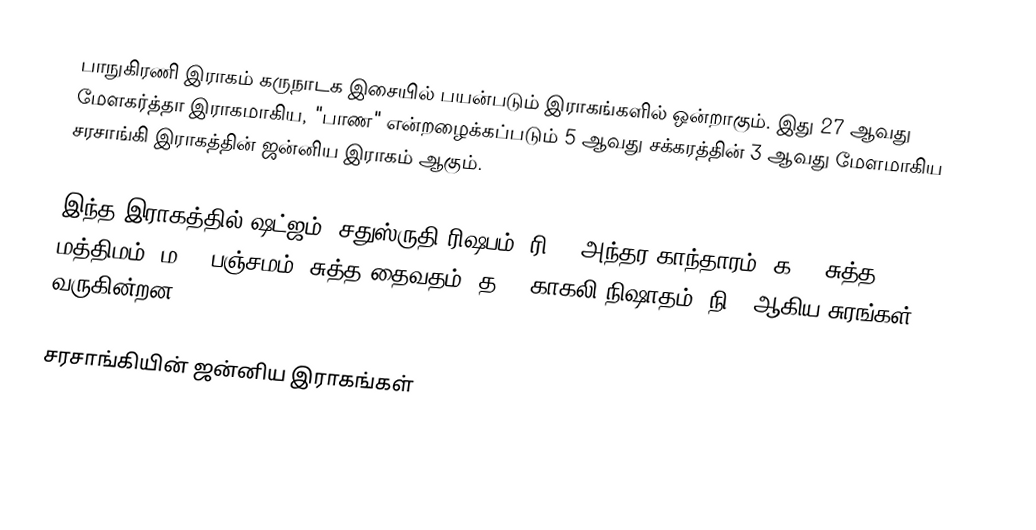
பாநுகிரணி இராகம் கருநாடக இசையில் பயன்படும் இராகங்களில் ஒன்றாகும். இது 27 ஆவது மேளகர்த்தா இராகமாகிய, "பாண" என்றழைக்கப்படும் 5 ஆவது சக்கரத்தின் 3 ஆவது மேளமாகிய சரசாங்கி இராகத்தின் ஜன்னிய இராகம் ஆகும்.

இந்த இராகத்தில் ஷட்ஜம், சதுஸ்ருதி ரிஷபம் (ரி2),  அந்தர காந்தாரம் (க3), சுத்த மத்திமம் (ம1), பஞ்சமம், சுத்த தைவதம் (த1), காகலி நிஷாதம்  (நி3) ஆகிய சுரங்கள் வருகின்றன.

சரசாங்கியின் ஜன்னிய இராகங்கள்